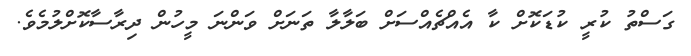
ގަސްތު ކުރީ ކުޑަކޮށް ކާ އެެއްޗެއްސަށް ބަލާލާ ތަނަށް ވަންނަ މީހުން ދިރާސާކޮށްލުމެވެ.